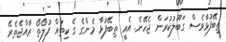
ތިބޭފުޅާވެސް ގަބޫލުކުރަން ޖެހޭނެ. އެއީ ތިބޭފުޅާ މެންގެ ގެ ކިތައް ފުލޯތޯ ރާއްޖެތެރޭ